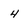
Character: 4